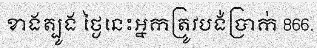
ខាងត្បូង ថ្ងៃនេះអ្នកត្រូវបង់ប្រាក់ 866.